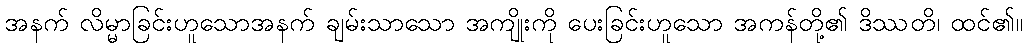
အနက် လိမ္မာခြင်းဟူသောအနက် ချမ်းသာသော အကျိုးကို ပေးခြင်းဟူသော အကန်တို့၏ ဒိဿတိ၊ ထင်၏။